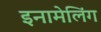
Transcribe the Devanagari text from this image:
इनामेलिंग